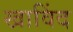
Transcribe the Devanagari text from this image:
खाविंद